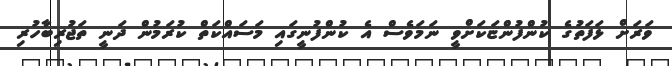
ވަރަށް ޅަފަތުގެ ކުންފުންޏަކަށްވީ ނަމަވެސް އެ ކުންފުނީގައި މަސައްކަތް ކުރަމުން ދަނީ ތަޖުރިބާހުރި